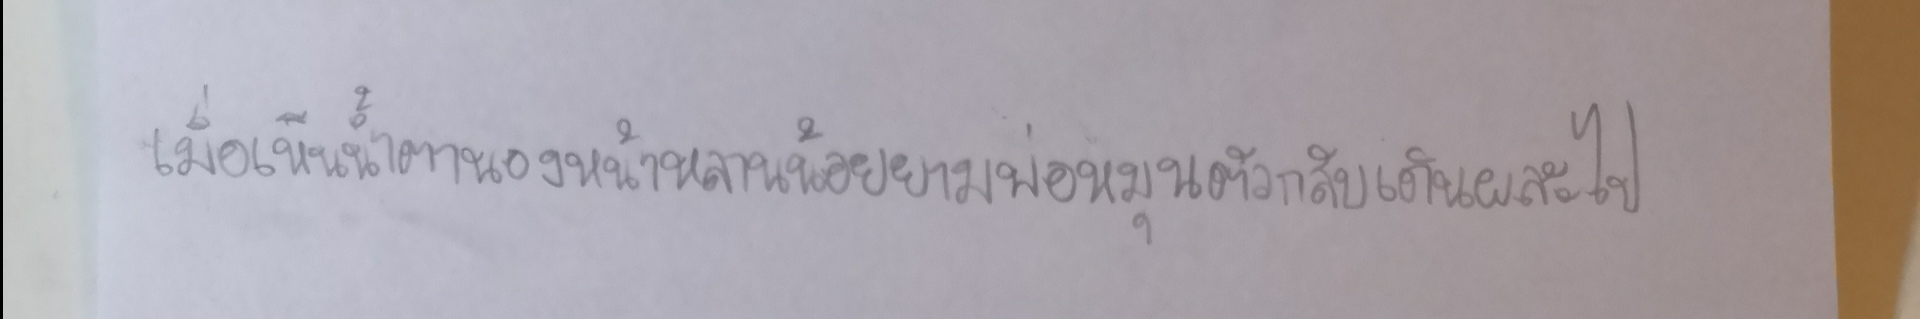
เมื่อเห็นน้ำตานองหน้าหลานน้อยยามพ่อหมุนตัวกลับเดินผละไป